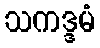
သကဒ္ဒမံ